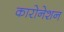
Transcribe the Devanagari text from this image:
कारोनेशन